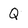
Character: Q